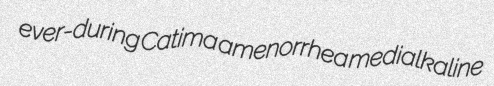
ever-during Catima amenorrhea medialkaline